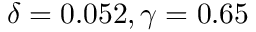
\delta = 0 . 0 5 2 , \gamma = 0 . 6 5